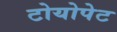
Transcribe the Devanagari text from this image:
टोयोपेट